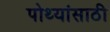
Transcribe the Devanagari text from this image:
पोथ्यांसाठी